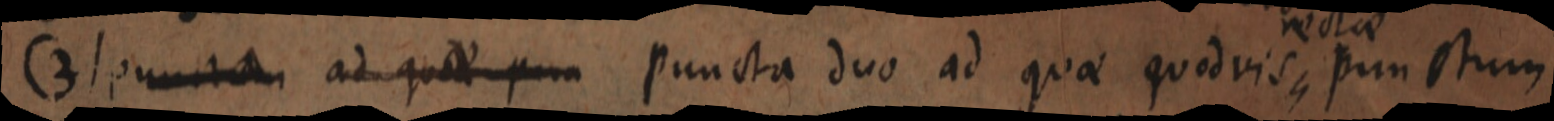
(3) punctum ad quod p_ puncta duo ad quae quodvis punctum